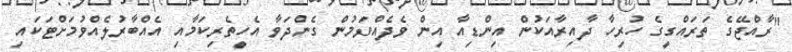
"ރާއްޖޭގެ ތަރައްގީގެ ހުރިހާ ދާއިރާއަކުން އިންޑިއާ އިން ވެދެއްވަމުން ގެންދަވާ އެހީތެރިކަމާއި އެއްބާރުލެއްވުމަށްޓަކައި